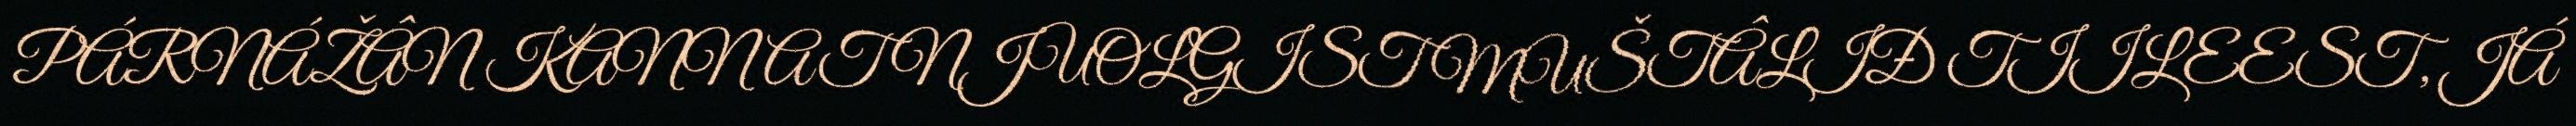
PÁRNÁŽÂN KANNAT NJUOLGIST MUŠTÂLIĐ TIILEEST, JÁ